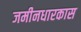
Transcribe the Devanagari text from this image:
जमीनधारकास